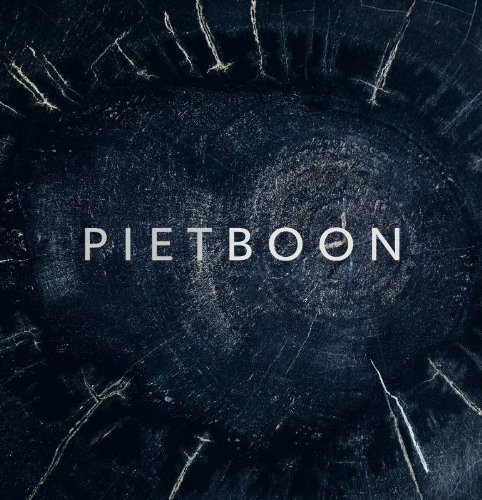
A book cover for Piet Boon III; Joyce Huisman; Arts & Photography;